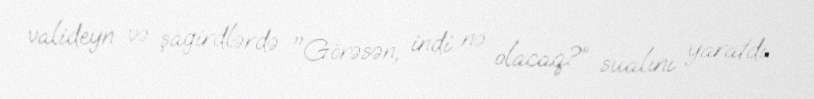
valideyn və şagirdlərdə "Görəsən, indi nə olacaq?” sualını yaratdı.